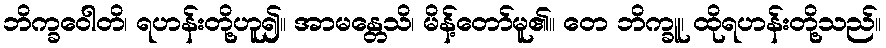
ဘိက္ခဝေါတိ၊ ရဟန်းတို့ဟူ၍။ အာမန္တေသိ၊ မိန့်တော်မူ၏။ တေ ဘိက္ခူ၊ ထိုရဟန်းတို့သည်။